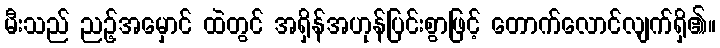
မီးသည် ညဉ့်အမှောင် ထဲတွင် အရှိန်အဟုန်ပြင်းစွာဖြင့် တောက်လောင်လျက်ရှိ၏။